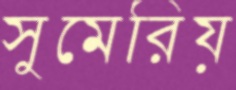
সুমেরিয়